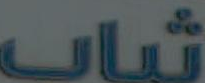
شباب